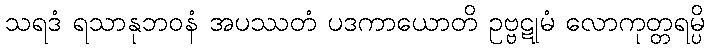
သရဒံ ရသာနုဘဝနံ အပဿတံ ပဒကာယောတိ ဥဗ္ဗဋုမံ လောကုတ္တရမ္ပိ